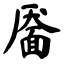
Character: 靥